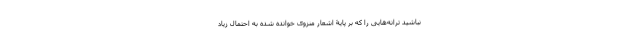
نباشید ترانه‌هایی را که بر پایۀ اشعار منزوی خوانده شده به احتمال زیاد